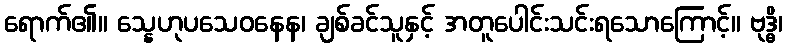
ရောက်၏။ သ္နေဟုပသေဝနေန၊ ချစ်ခင်သူနှင့် အတူပေါင်းသင်းရသောကြောင့်။ ဗုဒ္ဓိ၊